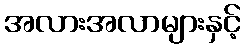
အလားအလာများနှင့်